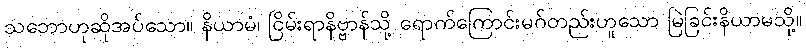
သဘောဟုဆိုအပ်သော။ နိယာမံ၊ ငြိမ်းရာနိဗ္ဗာန်သို့ ရောက်ကြောင်းမဂ်တည်းဟူသော မြဲခြင်းနိယာမသို့။